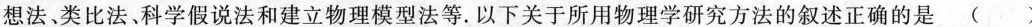
想法、类比法、科学假说法和建立物理模型法等.以下关于所用物理学研究方法的叙述正确的是 ( )